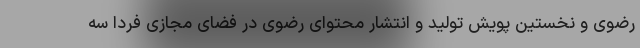
رضوی و نخستین پویش تولید و انتشار محتوای رضوی در فضای مجازی فردا سه